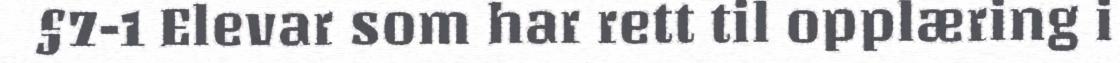
§7-1 Elevar som har rett til opplæring i